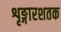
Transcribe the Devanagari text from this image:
शृङ्गारशतक